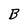
Character: B